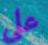
على